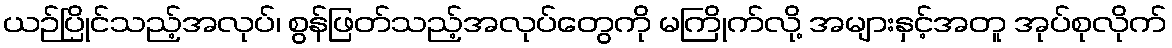
ယဉ်ပြိုင်သည့်အလုပ်၊ စွန်ဖြတ်သည့်အလုပ်တွေကို မကြိုက်လို့ အများနှင့်အတူ အုပ်စုလိုက်